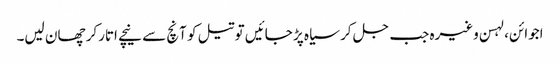
اجوائن، لہسن وغیرہ جب جل کر سیاہ پڑ جائیں تو تیل کو آنچ سے نیچے اتارکر چھان لیں۔